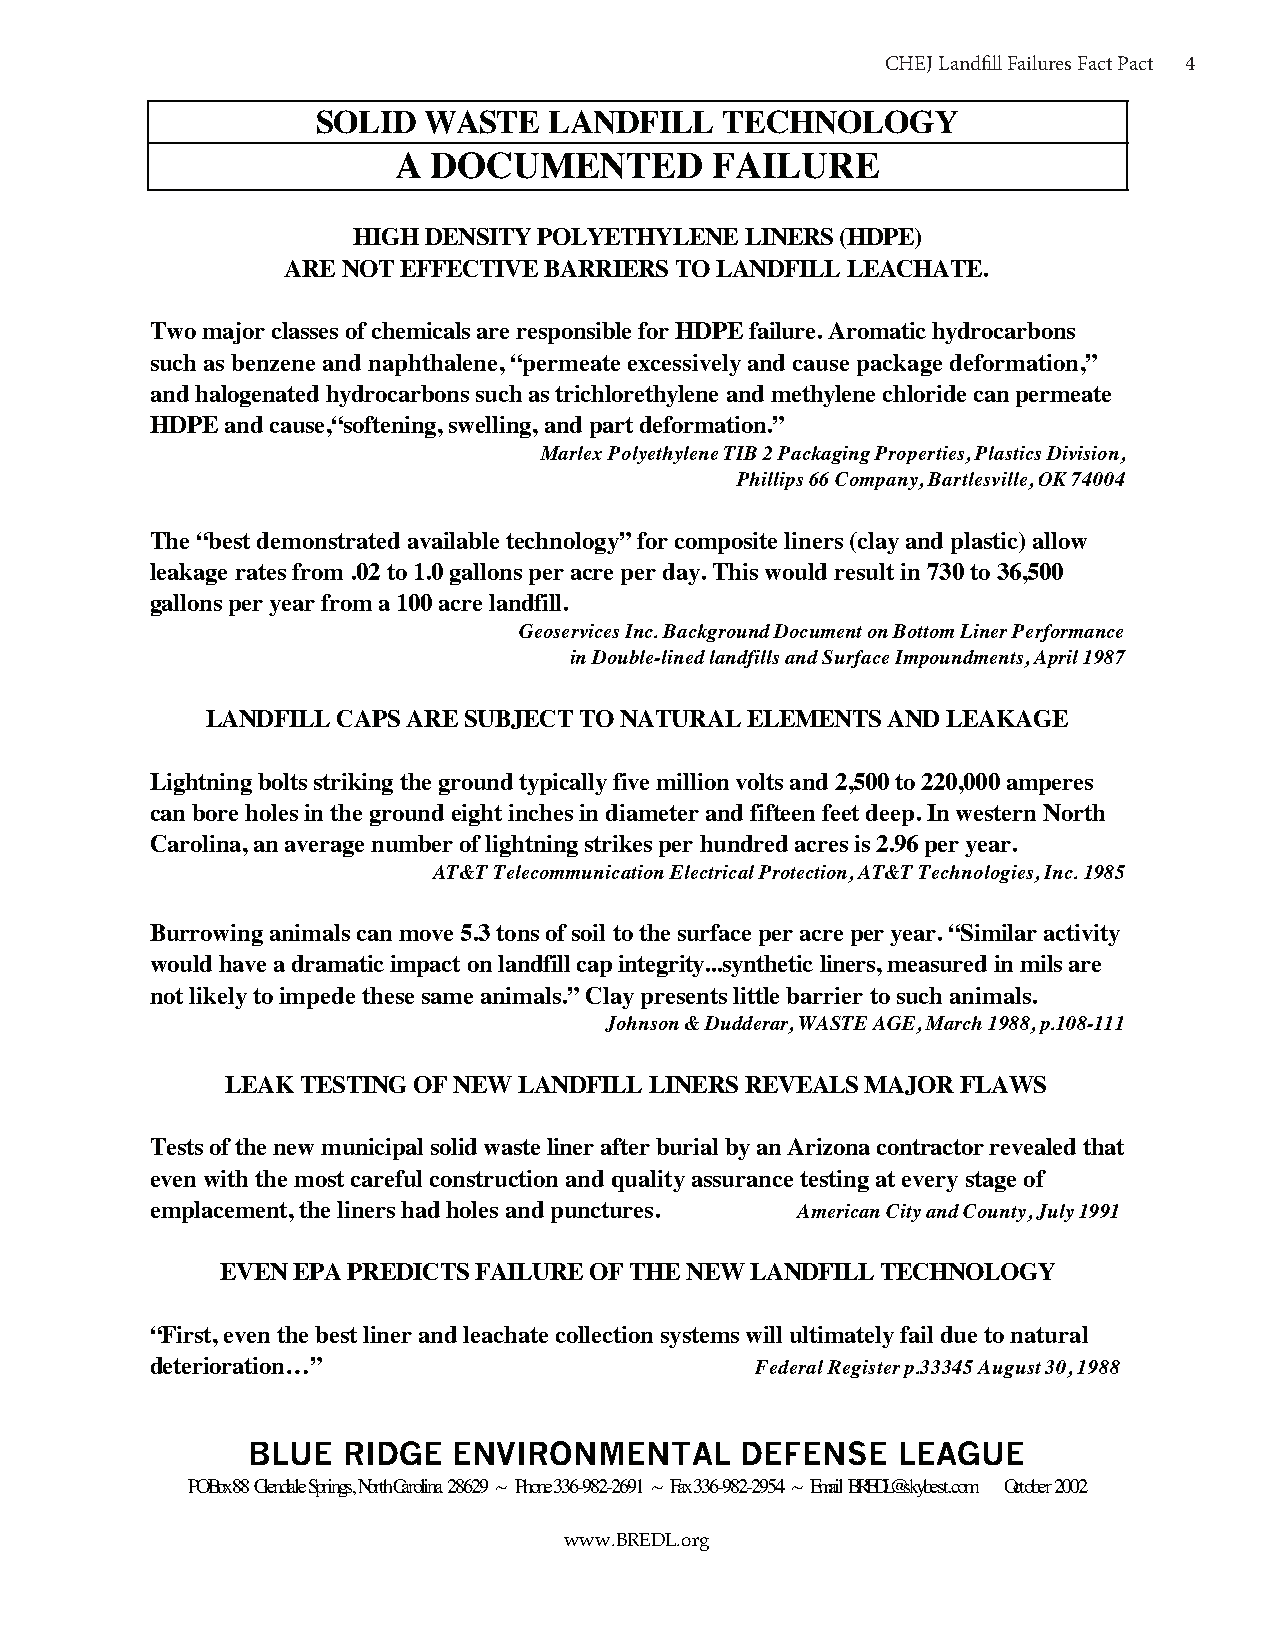
CHCEHJ ELaJ nLdafinll dFfialillu Freasi lFuarects PFaacckt 4Pact 4
 SOLID  WASTE   LANDFILL    TECHNOLOGY
 A  DOCUMENTED        FAILURE
 HIGH DENSITY POLYETHYLENE LINERS (HDPE)
 ARE NOT EFFECTIVE BARRIERS TO LANDFILL LEACHATE.
 Two major classes of chemicals are responsible for HDPE failure. Aromatic hydrocarbons
 such as benzene and naphthalene, “permeate excessively and cause package deformation,”
 and halogenated hydrocarbons such as trichlorethylene and methylene chloride can permeate
 HDPE and cause,“softening, swelling, and part deformation.”
 Marlex Polyethylene TIB 2 Packaging Properties, Plastics Division,
 Phillips 66 Company, Bartlesville, OK 74004
 The “best demonstrated available technology” for composite liners (clay and plastic) allow
 leakage rates from .02 to 1.0 gallons per acre per day. This would result in 730 to 36,500
 gallons per year from a 100 acre landfill.
 Geoservices Inc. Background Document on Bottom Liner Performance
 in Double-lined landfills and Surface Impoundments, April 1987
 LANDFILL CAPS ARE SUBJECT TO NATURAL ELEMENTS AND LEAKAGE
 Lightning bolts striking the ground typically five million volts and 2,500 to 220,000 amperes
 can bore holes in the ground eight inches in diameter and fifteen feet deep. In western North
 Carolina, an average number of lightning strikes per hundred acres is 2.96 per year.
 AT&T Telecommunication Electrical Protection, AT&T Technologies, Inc. 1985
 Burrowing animals can move 5.3 tons of soil to the surface per acre per year. “Similar activity
 would have a dramatic impact on landfill cap integrity...synthetic liners, measured in mils are
 not likely to impede these same animals.” Clay presents little barrier to such animals.
 Johnson & Dudderar, WASTE AGE, March 1988, p.108-111
 LEAK TESTING OF NEW LANDFILL LINERS REVEALS MAJOR FLAWS
 Tests of the new municipal solid waste liner after burial by an Arizona contractor revealed that
 even with the most careful construction and quality assurance testing at every stage of
 emplacement, the liners had holes and punctures. American City and County, July 1991
 EVEN EPA PREDICTS FAILURE OF THE NEW LANDFILL TECHNOLOGY
 “First, even the best liner and leachate collection systems will ultimately fail due to natural
 deterioration…”                         Federal Register p.33345 August 30, 1988
 BLUE   RIDGE  ENVIRONMENTAL      DEFENSE   LEAGUE
 PO Box 88 Glendale Springs, North Carolina 28629 ~ Phone 336-982-2691 ~ Fax 336-982-2954 ~ Email BREDL@skybest.com October 2002
 www.BREDL.org